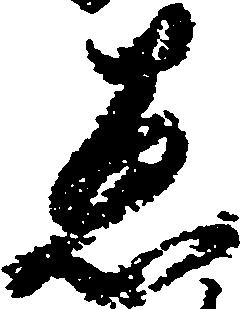
愚